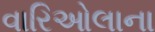
વારિઓલાના